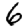
Digit: 6